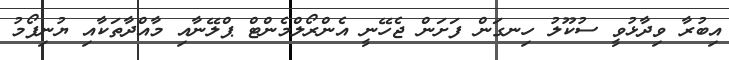
އިބުރާ ވިދާޅުވީ ސުކޫލު ހިނގަން ފަށަން ޖެހޭނީ އެންރޯލްމެންޓް ޕްލޭނާއި މާއްދާތަކާއި ޔުނިފޯމު